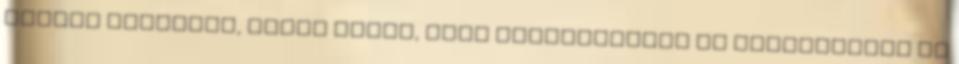
őbenne részesül, olyan módon, hogy keletkezésük és pusztulásuk őt